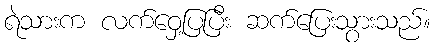
ရဲသားက လက်ဝှေ့ပြပြီး ဆက်ပြေးသွားသည်။